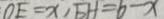
0 E = x , E H = b - x